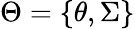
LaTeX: \Theta=\{ \theta,\Sigma\}